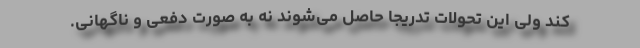
کند ولی این تحولات تدریجا حاصل می‌شوند نه به صورت دفعی و ناگهانی.